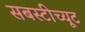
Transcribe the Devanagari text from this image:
सबस्टीच्यूट